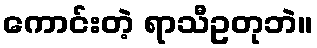
ကောင်းတဲ့ ရာသီဥတုဘဲ။